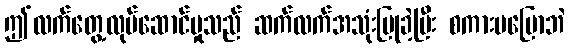
ဤလက်တွေ့လုပ်ဆောင်မှုသည် ဆက်လက်အသုံးပြုခဲ့ပြီး စကားမပြောဘဲ